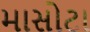
માસોટા